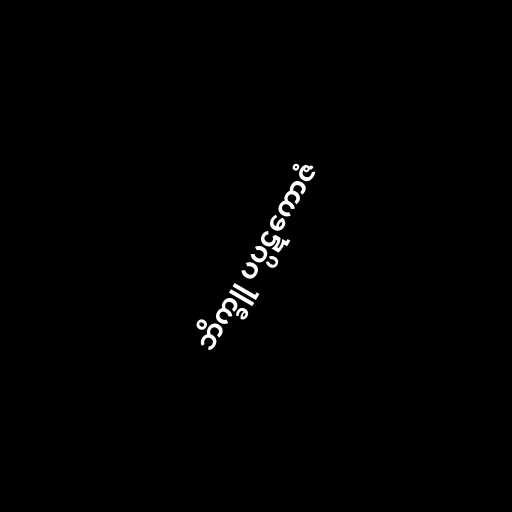
ဘိက္ခူ ပပ္ပဋကောဇံ